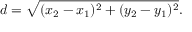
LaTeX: d = { \sqrt { ( x _ { 2 } - x _ { 1 } ) ^ { 2 } + ( y _ { 2 } - y _ { 1 } ) ^ { 2 } } } .